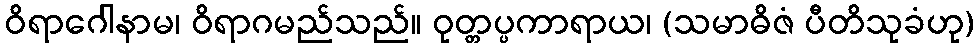
ဝိရာဂေါနာမ၊ ဝိရာဂမည်သည်။ ဝုတ္တပ္ပကာရာယ၊ (သမာဓိဇံ ပီတိသုခံဟု)